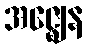
အဇ္ဈေန